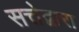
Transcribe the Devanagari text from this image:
सत्तेद्वारा